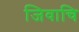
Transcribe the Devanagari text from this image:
जिवाचि